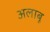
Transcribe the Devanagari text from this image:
अलाबू